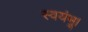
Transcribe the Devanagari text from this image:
स्वयंभू।